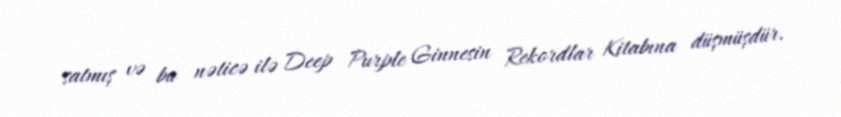
satmış və bu nəticə ilə Deep Purple Ginnesin Rekordlar Kitabına düşmüşdür.